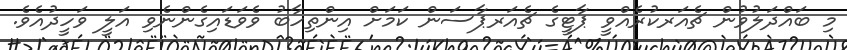
މި ބައްދަލުވުން ޗެއަރކުރެއްވީ ޕާޓީގެ ޗެެއަރޕާސަން ކަމަށް އިންތިހާބު ވެވަޑައިގެންނެވި އަލީ ވަހީދުއެވެ.